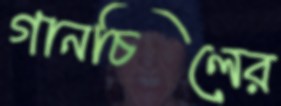
গানচিলের